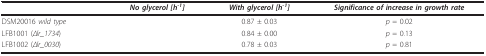
<table><thead><tr><td>[EMPTY_CELL]</td><td><b><i>No glycerol [h</i><sup><i>-1</i></sup><i>]</i></b></td><td><b><i>With glycerol [h</i><sup><i>-1</i></sup><i>]</i></b></td><td><b><i>Significance of increase in growth rate</i></b></td></tr></thead><tbody><tr><td>DSM20016 <i>wild type</i></td><td>[EMPTY_CELL]</td><td>0.87 ± 0.03</td><td><i>p </i>= 0.02</td></tr><tr><td>LFB1001 (<i>Δlr_1734</i>)</td><td>[EMPTY_CELL]</td><td>0.84 ± 0.00</td><td><i>p </i>= 0.13</td></tr><tr><td>LFB1002 (<i>Δlr_0030</i>)</td><td>[EMPTY_CELL]</td><td>0.78 ± 0.03</td><td><i>p </i>= 0.81</td></tr></tbody></table>